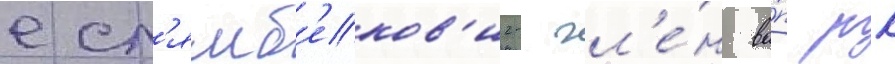
есл'ямб'еков'ич- чл'е́н ва́п рк